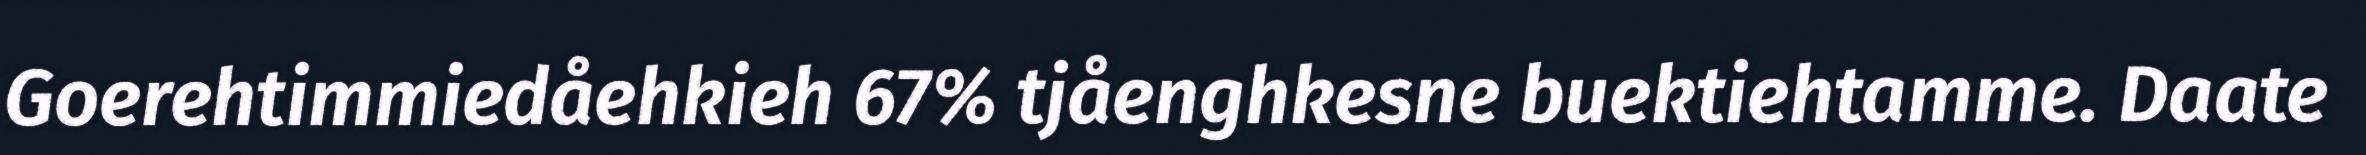
Goerehtimmiedåehkieh 67% tjåenghkesne buektiehtamme. Daate